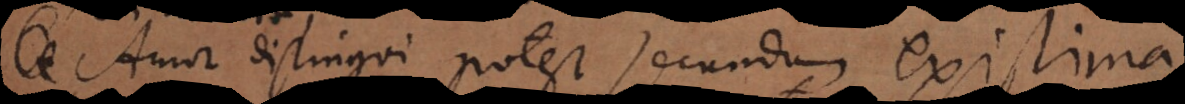
Amor distingui potest secundum existima